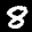
Label: 8